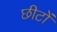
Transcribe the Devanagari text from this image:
छीटों